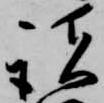
諸